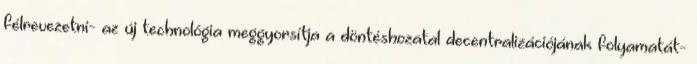
félrevezetni- az új technológia meggyorsítja a döntéshozatal decentralizációjának folyamatát-